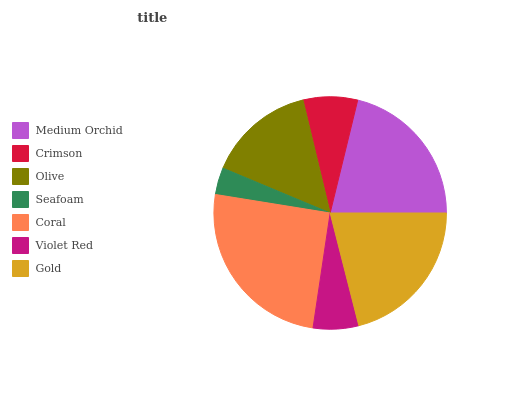
| Medium Orchid | Crimson | Olive | Seafoam | Coral | Violet Red | Gold |
 | --- | --- | --- | --- | --- | --- | --- |
 | 21.2% | 7.57% | 15% | 3.76% | 25.2% | 6.32% | 21% |